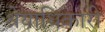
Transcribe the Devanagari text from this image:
श्रेयाधिकारी